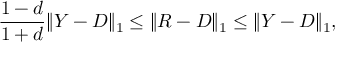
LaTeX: { \frac { 1 - d } { 1 + d } } \| Y - D \| _ { 1 } \leq \| R - D \| _ { 1 } \leq \| Y - D \| _ { 1 } ,